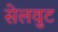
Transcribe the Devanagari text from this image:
सेलवुट